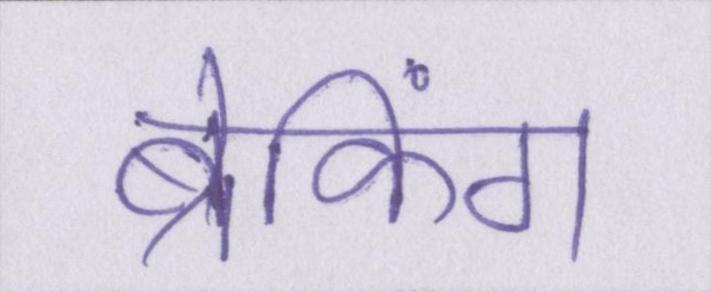
ब्रेकिंग